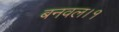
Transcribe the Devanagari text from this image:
बनवल।१